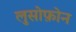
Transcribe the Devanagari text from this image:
लुसोफ़ोन